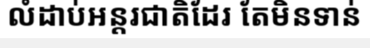
លំដាប់អន្តរជាតិដែរ តែមិនទាន់